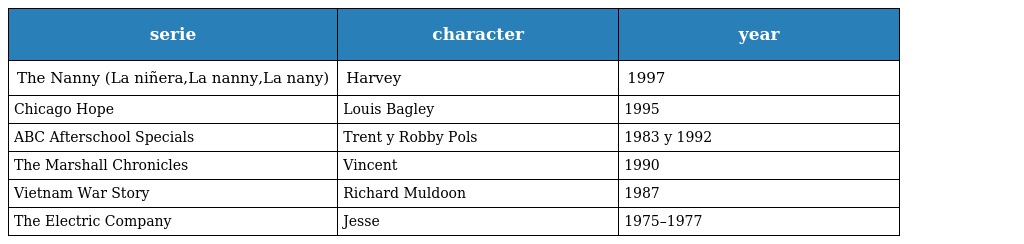
| serie | character | year |
 | --- | --- | --- |
 | The Nanny (La niñera,La nanny,La nany) | Harvey | 1997 |
 | Chicago Hope | Louis Bagley | 1995 |
 | ABC Afterschool Specials | Trent y Robby Pols | 1983 y 1992 |
 | The Marshall Chronicles | Vincent | 1990 |
 | Vietnam War Story | Richard Muldoon | 1987 |
 | The Electric Company | Jesse | 1975–1977 |